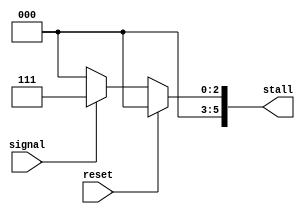
module stall_gen (
    // ------ Input ------
    input wire reset,
    input wire signal,
    // ------ Output ------
    output reg[5:0] stall
);
    
    always @(*) begin
        if(reset == 1) begin
            stall <= 6'b000000;
        end else begin
            if(signal == 1) begin
                stall <= 6'b000111;
                // $display("Stall gen");
            end else begin
                stall <= 6'b000000;
            end
        end
    end
endmodule